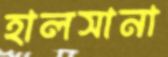
হালসানা